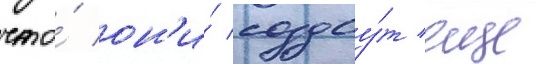
что́ он'и́ создау́т еще